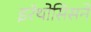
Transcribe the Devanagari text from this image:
इरॅथोसिसने